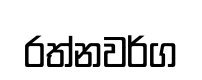
රත්නවර්ග